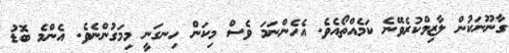
ގާނޫނަަކުން ލާޒިމްކުރެވޭނެ ކަމެއްތޯއެވެ. އެހެންނަމަ ވެސް މިކަން ހިނގަނީ މިމަގުންނެވެ. އެންމެ ބޮޑު